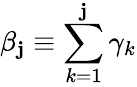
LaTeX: \beta_{\mathbf{j}}\equiv\sum_{k=1}^{\mathbf{j}}\gamma_{k}